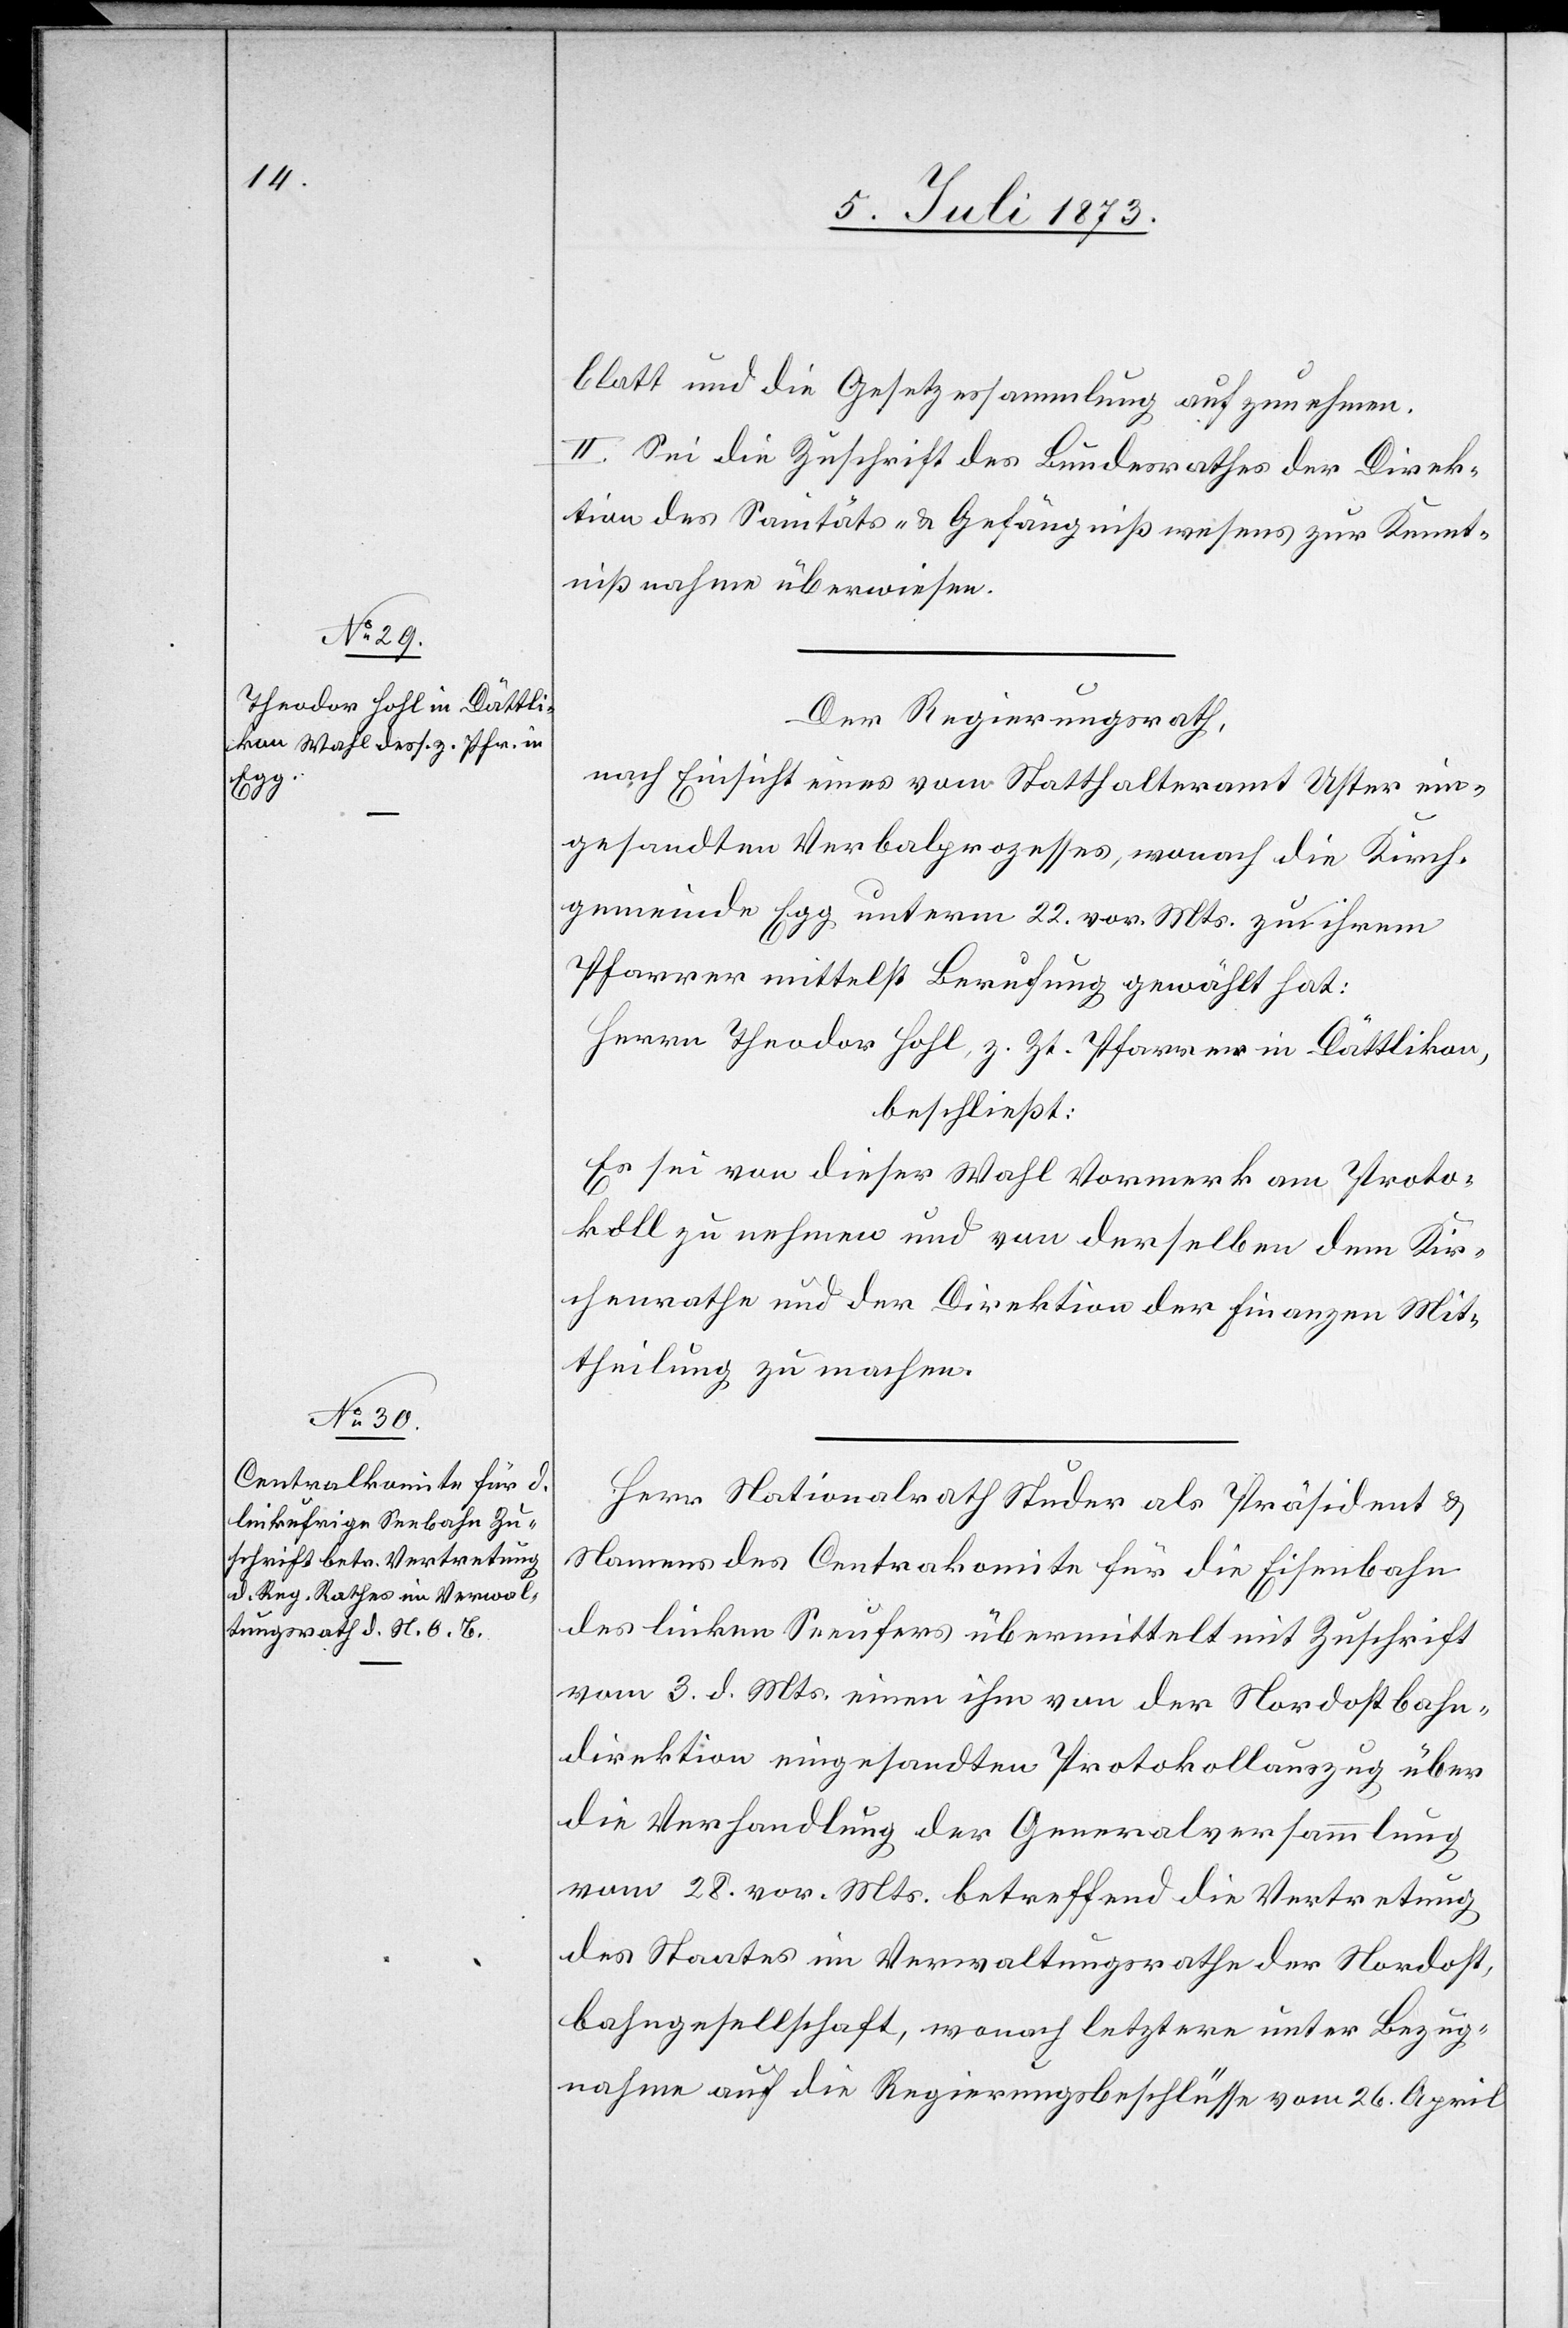
blatt und die Gesetzessammlung aufzunehmen.
II. Sei die Zuschrift des Bundesrathes der Direk¬
tion des Sanitäts- & Gefängnißwesens zur Kennt¬
nißnahme überwiesen.
Der Regierungsrath,
nach Einsicht eines vom Statthalteramt Uster ein¬
gesandten Verbalprozesses, wonach die Kirch¬
gemeinde Egg unterm 22. vor. Mts. zu ihrem
Pfarrer mittelst Berufung gewählt hat:
Herrn Theodor Hohl, z. Zt. Pfarrer in Dättlikon,
beschließt:
Es sei von dieser Wahl Vormerk am Proto¬
koll zu nehmen und von derselben dem Kir¬
chenrathe und der Direktion der Finanzen Mit¬
theilung zu machen.
Herr Nationalrath Studer als Präsident &
Namens des Centra[l]komite für die Eisenbahn
des linken Seeufers übermittelt mit Zuschrift
vom 3. d. Mts. einen ihm von der Nordostbahn¬
direktion eingesandten Protokollauszug über
die Verhandlung der Generalversammlung
vom 28. vor. Mts. betreffend die Vertretung
des Staates im Verwaltungsrathe der Nordost¬
bahngesellschaft, wonach letztere unter Bezug¬
nahme auf die Regierungsbeschlüsse vom 26. April